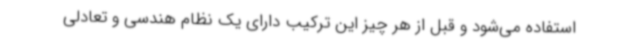
استفاده می‌شود و قبل از هر چیز این ترکیب دارای یک نظام هندسی و تعادلی